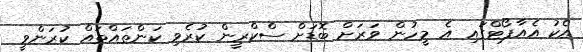
އެކު އެއާޕޯޓްގައި އެ މީހުން ވަރަށް ބޮޑަށް ސްކްރީން ކުރެވި ކަންތައްތައް ކުރަންވީ